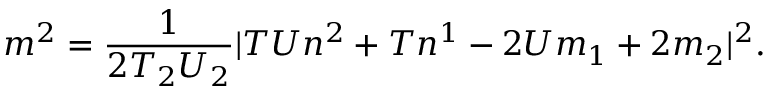
m ^ { 2 } = \frac { 1 } { 2 T _ { 2 } U _ { 2 } } | T U n ^ { 2 } + T n ^ { 1 } - 2 U m _ { 1 } + 2 m _ { 2 } | ^ { 2 } .